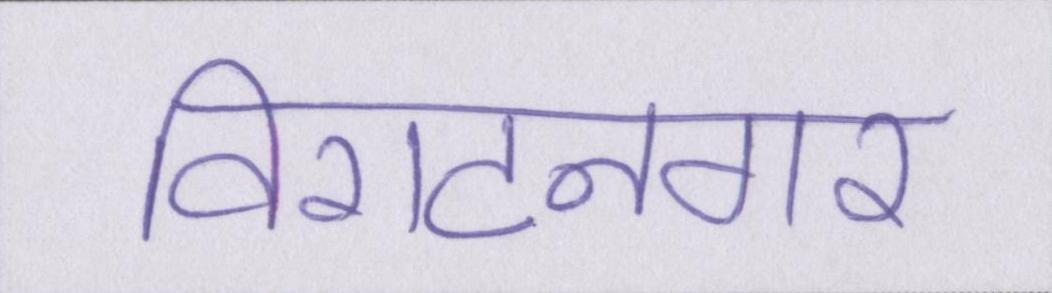
विराटनगर